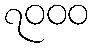
၇၀၀၀